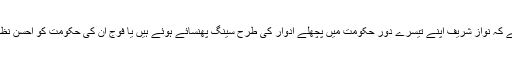
تو بڑا مسئلہ یہ نہیں ہے کہ نواز شریف اپنے تیسرے دورِ حکومت میں پچھلے ادوار کی طرح سینگ پھنسائے ہوئے ہیں یا فوج ان کی حکومت کو احسن نظر سے نہیں دیکھ رہی۔